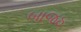
બાજઠ